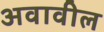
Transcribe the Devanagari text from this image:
अवावील